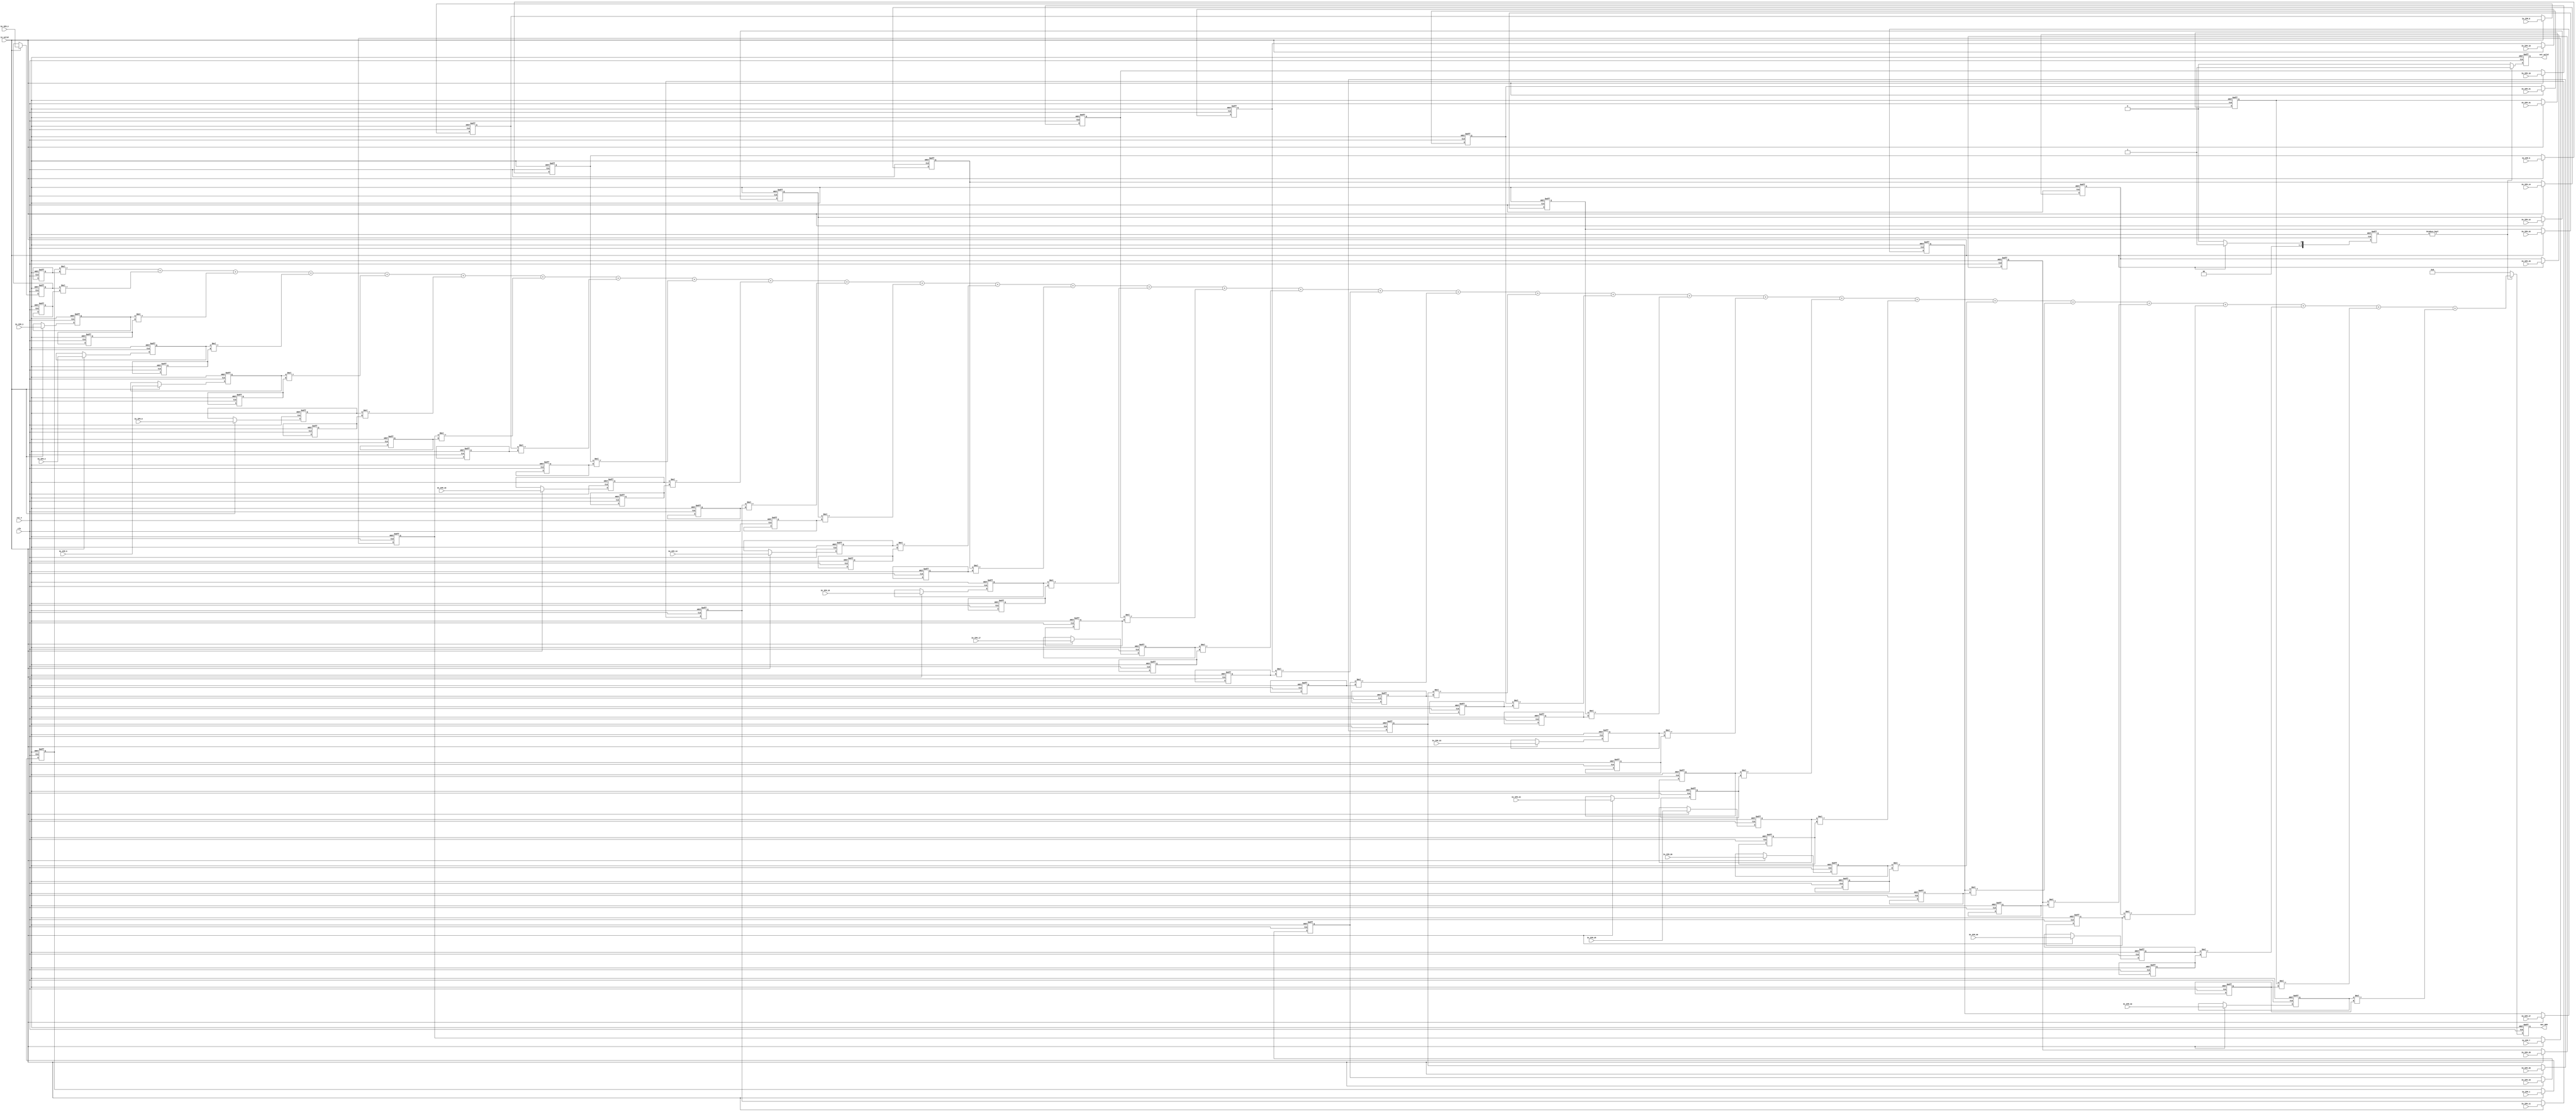
module Convolution(
	//Input Port
	clk,
	rst_n,
	in_valid,
	In_IFM_1, In_IFM_2, In_IFM_3, In_IFM_4, In_IFM_5, In_IFM_6, In_IFM_7, In_IFM_8, In_IFM_9,
	In_IFM_10, In_IFM_11, In_IFM_12, In_IFM_13, In_IFM_14, In_IFM_15, In_IFM_16, In_IFM_17, In_IFM_18, In_IFM_19,
	In_IFM_20, In_IFM_21, In_IFM_22, In_IFM_23, In_IFM_24, In_IFM_25, In_IFM_26, In_IFM_27, In_IFM_28, In_IFM_29,
	In_IFM_30, In_IFM_31, In_IFM_32,	
	//Output Port
	out_valid, 
	Out_OFM
);

input clk, rst_n, in_valid;
input [3:0] In_IFM_1, In_IFM_2, In_IFM_3, In_IFM_4, In_IFM_5, In_IFM_6, In_IFM_7, In_IFM_8, In_IFM_9;
input [3:0] In_IFM_10, In_IFM_11, In_IFM_12, In_IFM_13, In_IFM_14, In_IFM_15, In_IFM_16, In_IFM_17, In_IFM_18, In_IFM_19;
input [3:0] In_IFM_20, In_IFM_21, In_IFM_22, In_IFM_23, In_IFM_24, In_IFM_25, In_IFM_26, In_IFM_27, In_IFM_28, In_IFM_29;
input [3:0] In_IFM_30, In_IFM_31, In_IFM_32;

output reg out_valid;
output reg[12:0] Out_OFM;

reg [3:0] IFM[0:1][0:3][0:3];
reg [3:0] Weight[0:1][0:3][0:3];


reg [2:0] count;
integer i,j,k;

always@(posedge clk or negedge rst_n) begin
    if(!rst_n) begin
    for(i=0;i<2;i=i+1) begin
      for(j=0;j<4;j=j+1) begin
        for(k=0; k<4; k=k+1) begin
          IFM[i][j][k] <=0;
        end
      end
    end
    end

    else if(in_valid) begin
        IFM[0][0][0] <= In_IFM_1;
        IFM[0][0][1] <= In_IFM_2;
        IFM[0][0][2] <= In_IFM_3;
        IFM[0][0][3] <= In_IFM_4;
        IFM[0][1][0] <= In_IFM_5;
        IFM[0][1][1] <= In_IFM_6;
        IFM[0][1][2] <= In_IFM_7;
        IFM[0][1][3] <= In_IFM_8;
        IFM[0][2][0] <= In_IFM_9;
        IFM[0][2][1] <= In_IFM_10;
        IFM[0][2][2] <= In_IFM_11;
        IFM[0][2][3] <= In_IFM_12;
        IFM[0][3][0] <= In_IFM_13;
        IFM[0][3][1] <= In_IFM_14;
        IFM[0][3][2] <= In_IFM_15;
        IFM[0][3][3] <= In_IFM_16;
        IFM[1][0][0] <= In_IFM_17;
        IFM[1][0][1] <= In_IFM_18;
        IFM[1][0][2] <= In_IFM_19;
        IFM[1][0][3] <= In_IFM_20;
        IFM[1][1][0] <= In_IFM_21;
        IFM[1][1][1] <= In_IFM_22;
        IFM[1][1][2] <= In_IFM_23;
        IFM[1][1][3] <= In_IFM_24;
        IFM[1][2][0] <= In_IFM_25;
        IFM[1][2][1] <= In_IFM_26;
        IFM[1][2][2] <= In_IFM_27;
        IFM[1][2][3] <= In_IFM_28;
        IFM[1][3][0] <= In_IFM_29;
        IFM[1][3][1] <= In_IFM_30;
        IFM[1][3][2] <= In_IFM_31;
        IFM[1][3][3] <= In_IFM_32;
    end
end

always@(posedge clk or negedge rst_n) begin
    if(!rst_n) begin
        Weight[0][0][0] <=  4'd6;
        Weight[0][0][1] <= 4'd14;
        Weight[0][0][2] <= 4'd13;
        Weight[0][0][3] <= 4'd10;
        Weight[0][1][0] <= 4'd10;
        Weight[0][1][1] <= 4'd14;
        Weight[0][1][2] <= 4'd3;
        Weight[0][1][3] <= 4'd4;
        Weight[0][2][0] <= 4'd0;
        Weight[0][2][1] <= 4'd6;
        Weight[0][2][2] <= 4'd7;
        Weight[0][2][3] <= 4'd9;
        Weight[0][3][0] <= 4'd11;
        Weight[0][3][1] <= 4'd12;
        Weight[0][3][2] <= 4'd6;
        Weight[0][3][3] <= 4'd3;
        Weight[1][0][0] <= 4'd2;
        Weight[1][0][1] <= 4'd1;
        Weight[1][0][2] <= 4'd5;
        Weight[1][0][3] <= 4'd8;
        Weight[1][1][0] <= 4'd7;
        Weight[1][1][1] <= 4'd13;
        Weight[1][1][2] <= 4'd1;
        Weight[1][1][3] <= 4'd8;
        Weight[1][2][0] <= 4'd7;
        Weight[1][2][1] <= 4'd12;
        Weight[1][2][2] <= 4'd13;
        Weight[1][2][3] <= 4'd10;
        Weight[1][3][0] <= 4'd10;
        Weight[1][3][1] <= 4'd9;
        Weight[1][3][2] <= 4'd7;
        Weight[1][3][3] <= 4'd7;
    end
end


always@(posedge clk or negedge rst_n) begin
	if(!rst_n)
		count <= 0;
	else if(in_valid)
		count <= 1;
	else
		count <= 0;
end

always@(posedge clk or negedge rst_n) begin
	if(!rst_n)
		out_valid <= 0;
	else if(count)
		out_valid <= 1;
	else
		out_valid <= 0;
end


always@(posedge clk or negedge rst_n) begin
	if(!rst_n)
		Out_OFM <= 0;
	else if(count) begin
		Out_OFM <= IFM[0][0][0]*Weight[0][0][0]
        +IFM[0][0][1]*Weight[0][0][1]
        +IFM[0][0][2]*Weight[0][0][2]
        +IFM[0][0][3]*Weight[0][0][3]
        +IFM[0][1][0]*Weight[0][1][0]
        +IFM[0][1][1]*Weight[0][1][1]
        +IFM[0][1][2]*Weight[0][1][2]
        +IFM[0][1][3]*Weight[0][1][3]
        +IFM[0][2][0]*Weight[0][2][0]
        +IFM[0][2][1]*Weight[0][2][1]
        +IFM[0][2][2]*Weight[0][2][2]
        +IFM[0][2][3]*Weight[0][2][3]
        +IFM[0][3][0]*Weight[0][3][0]
        +IFM[0][3][1]*Weight[0][3][1]
        +IFM[0][3][2]*Weight[0][3][2]
        +IFM[0][3][3]*Weight[0][3][3]
        +IFM[1][0][0]*Weight[1][0][0]
        +IFM[1][0][1]*Weight[1][0][1]
        +IFM[1][0][2]*Weight[1][0][2]
        +IFM[1][0][3]*Weight[1][0][3]
        +IFM[1][1][0]*Weight[1][1][0]
        +IFM[1][1][1]*Weight[1][1][1]
        +IFM[1][1][2]*Weight[1][1][2]
        +IFM[1][1][3]*Weight[1][1][3]
        +IFM[1][2][0]*Weight[1][2][0]
        +IFM[1][2][1]*Weight[1][2][1]
        +IFM[1][2][2]*Weight[1][2][2]
        +IFM[1][2][3]*Weight[1][2][3]
        +IFM[1][3][0]*Weight[1][3][0]
        +IFM[1][3][1]*Weight[1][3][1]
        +IFM[1][3][2]*Weight[1][3][2]
        +IFM[1][3][3]*Weight[1][3][2];
	end
	else
		Out_OFM <= 0;
end

endmodule